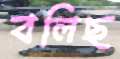
বলিছ